Lunatic asylums Madras 1892-1911 - 1892-1911
Year: 1892
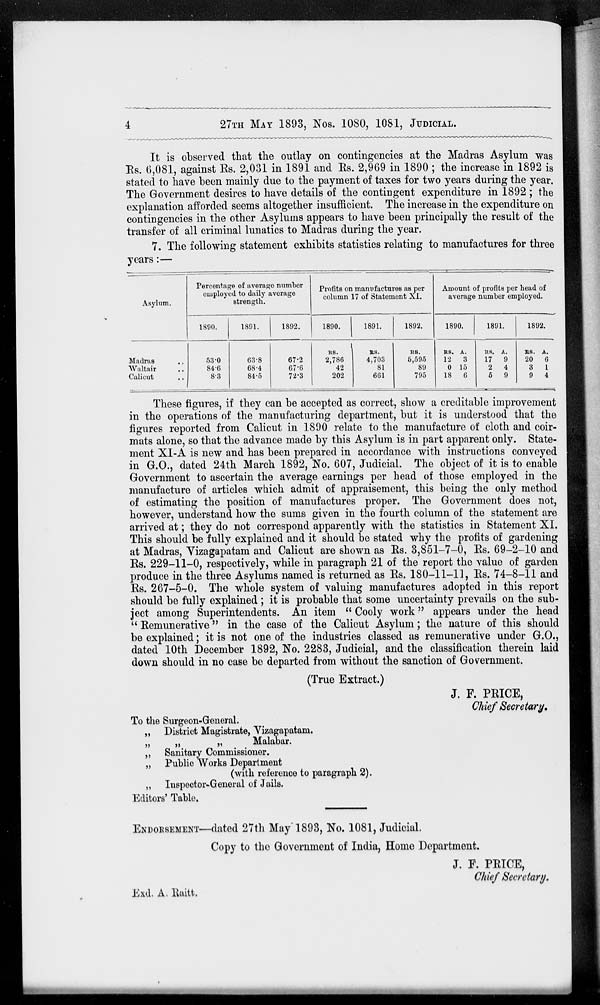
4
27TH
MAY
1893, Nos. 1080, 1081, JUDICIAL.
It is observed that the outlay on contingencies at the Madras Asylum was
Rs. 6,081, against Rs. 2,031 in 1891 and Rs. 2,969 in 1890 ; the increase in 1892 is
stated to have been mainly due to the payment of taxes for two years during the year.
The Government desires to have details of the contingent expenditure in 1892 ; the
explanation afforded seems altogether insufficient. The increase in the expenditure on
contingencies in the other Asylums appears to have been principally the result of the
transfer of all criminal lunatics to Madras during the year.
7. The following statement exhibits statistics relating to manufactures for three
years:—
Asylum.
Madras ..
Waltair ..
Calicut ..
Percentage of average number
employed to daily average
strength.
1890.
53.0
84.6
8.3
1891.
63.8
68.4
84.5
1892.
67.2
67.6
72.3
Profits on manufactures as per
column 17 of Statement XI.
1890.
RS.
2,786
42
202
1891.
RS.
4,703
81
661
1892.
RS.
5,595
89
795
Amount of profits per head of
average number employed.
1890.
RS.
12
0
18
A.
3
15
6
1891.
RS.
17
2
5
A.
9
4
9
1892.
RS.
20
3
9
A.
6
1
4
These figures, if they can be accepted as correct, show a creditable improvement
in the operations of the manufacturing department, but it is understood that the
figures reported from Calicut in 1890 relate to the manufacture of cloth and coir-
mats alone, so that the advance made by this Asylum is in part apparent only. State-
ment XI-A is new and has been prepared in accordance with instructions conveyed
in G.O., dated 24th March 1892, No. 607, Judicial. The object of it is to enable
Government to ascertain the average earnings per head of those employed in the
manufacture of articles which admit of appraisement, this being the only method
of estimating the position of manufactures proper. The Government does not,
however, understand how the sums given in the fourth column of the statement are
arrived at; they do not correspond apparently with the statistics in Statement XI.
This should be fully explained and it should be stated why the profits of gardening
at Madras, Vizagapatam and Calicut are shown as Rs. 3,851-7-0, Rs. 69-2-10 and
Rs. 229-11-0, respectively, while in paragraph 21 of the report the value of garden
produce in the three Asylums named is returned as Rs. 180-11-11, Rs. 74-8-11 and
Rs. 267-5-0. The whole system of valuing manufactures adopted in this report
should be fully explained ; it is probable that some uncertainty prevails on the sub-
ject among Superintendents. An item "Cooly work" appears under the head
"Remunerative" in the case of the Calicut Asylum; the nature of this should
be explained; it is not one of the industries classed as remunerative under G.O.,
dated 10th December 1892, No. 2283, Judicial, and the classification therein laid
down should in no case be departed from without the sanction of Government.
(True Extract.)
J. F. PRICE,
Chief Secretary.
To the Surgeon-General.
„ District Magistrate, Vizagapatam.
„
„
„
Malabar.
„ Sanitary Commissioner.
„ Public Works Department
(with reference to paragraph 2).
„ Inspector-General of Jails.
Editors' Table.
ENDORSEMENT—dated 27th May 1893, No. 1081, Judicial.
Copy to the Government of India, Home Department.
J. F. PRICE,
Chief Secretary.
Exd. A. Raitt.